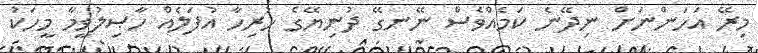
މިރޭ އަހަންނަށް ނިދޭނެ ކަމެއްވެސް ނޭނގޭ ދުނިޔޭގެ ހުރިހާ އުފަލެއް ހާޞިލުވީމާ މީހަކު